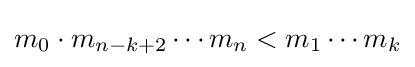
m_{0}\cdot m_{n-k+2}\cdots m_{n}<m_{1}\cdots m_{k}